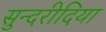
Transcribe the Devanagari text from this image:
सुन्दरीदिया